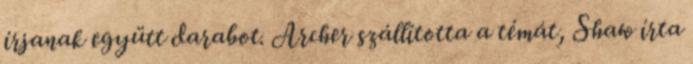
írjanak együtt darabot. Archer szállította a témát, Shaw írta